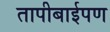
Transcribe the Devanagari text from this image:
तापीबाईपण